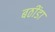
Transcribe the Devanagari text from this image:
बठींडा